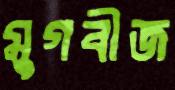
মুগবীজ